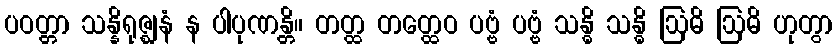
ပဝတ္တာ သန္နိရုဇ္ဈနံ န ပါပုဏန္တိ။ တတ္ထ တတ္ထေဝ ပဗ္ဗံ ပဗ္ဗံ သန္ဓိ သန္ဓိ ဩဓိ ဩဓိ ဟုတွာ